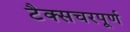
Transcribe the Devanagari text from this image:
टैक्सचरपूर्ण